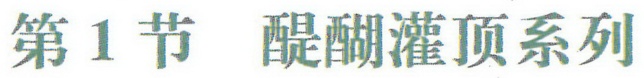
第1节 醍醐灌顶系列